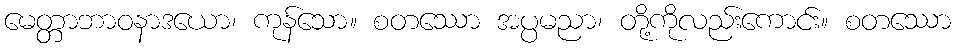
မေတ္တာဘာဝနာဒယော၊ ကုန်သော။ စတဿော အပ္ပမညာ၊ တို့ကိုလည်းကောင်း။ စတဿော